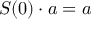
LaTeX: S ( 0 ) \cdot a = a